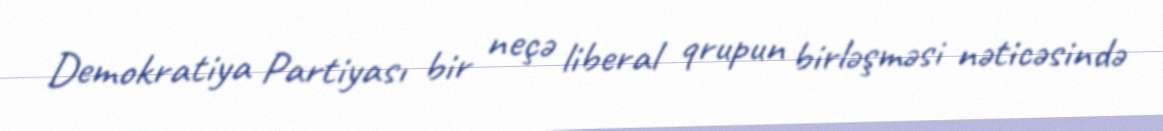
Demokratiya Partiyası bir neçə liberal qrupun birləşməsi nəticəsində